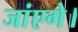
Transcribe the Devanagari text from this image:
जांएगे।